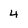
Character: 4